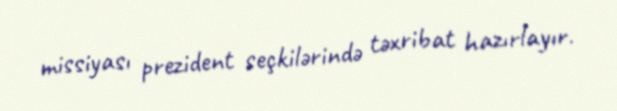
missiyası prezident seçkilərində təxribat hazırlayır.